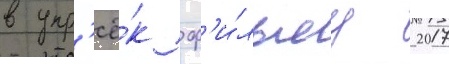
в упр'ё́к ф'и́льму 2017